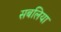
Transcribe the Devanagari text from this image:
सबलिया